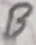
Text: B